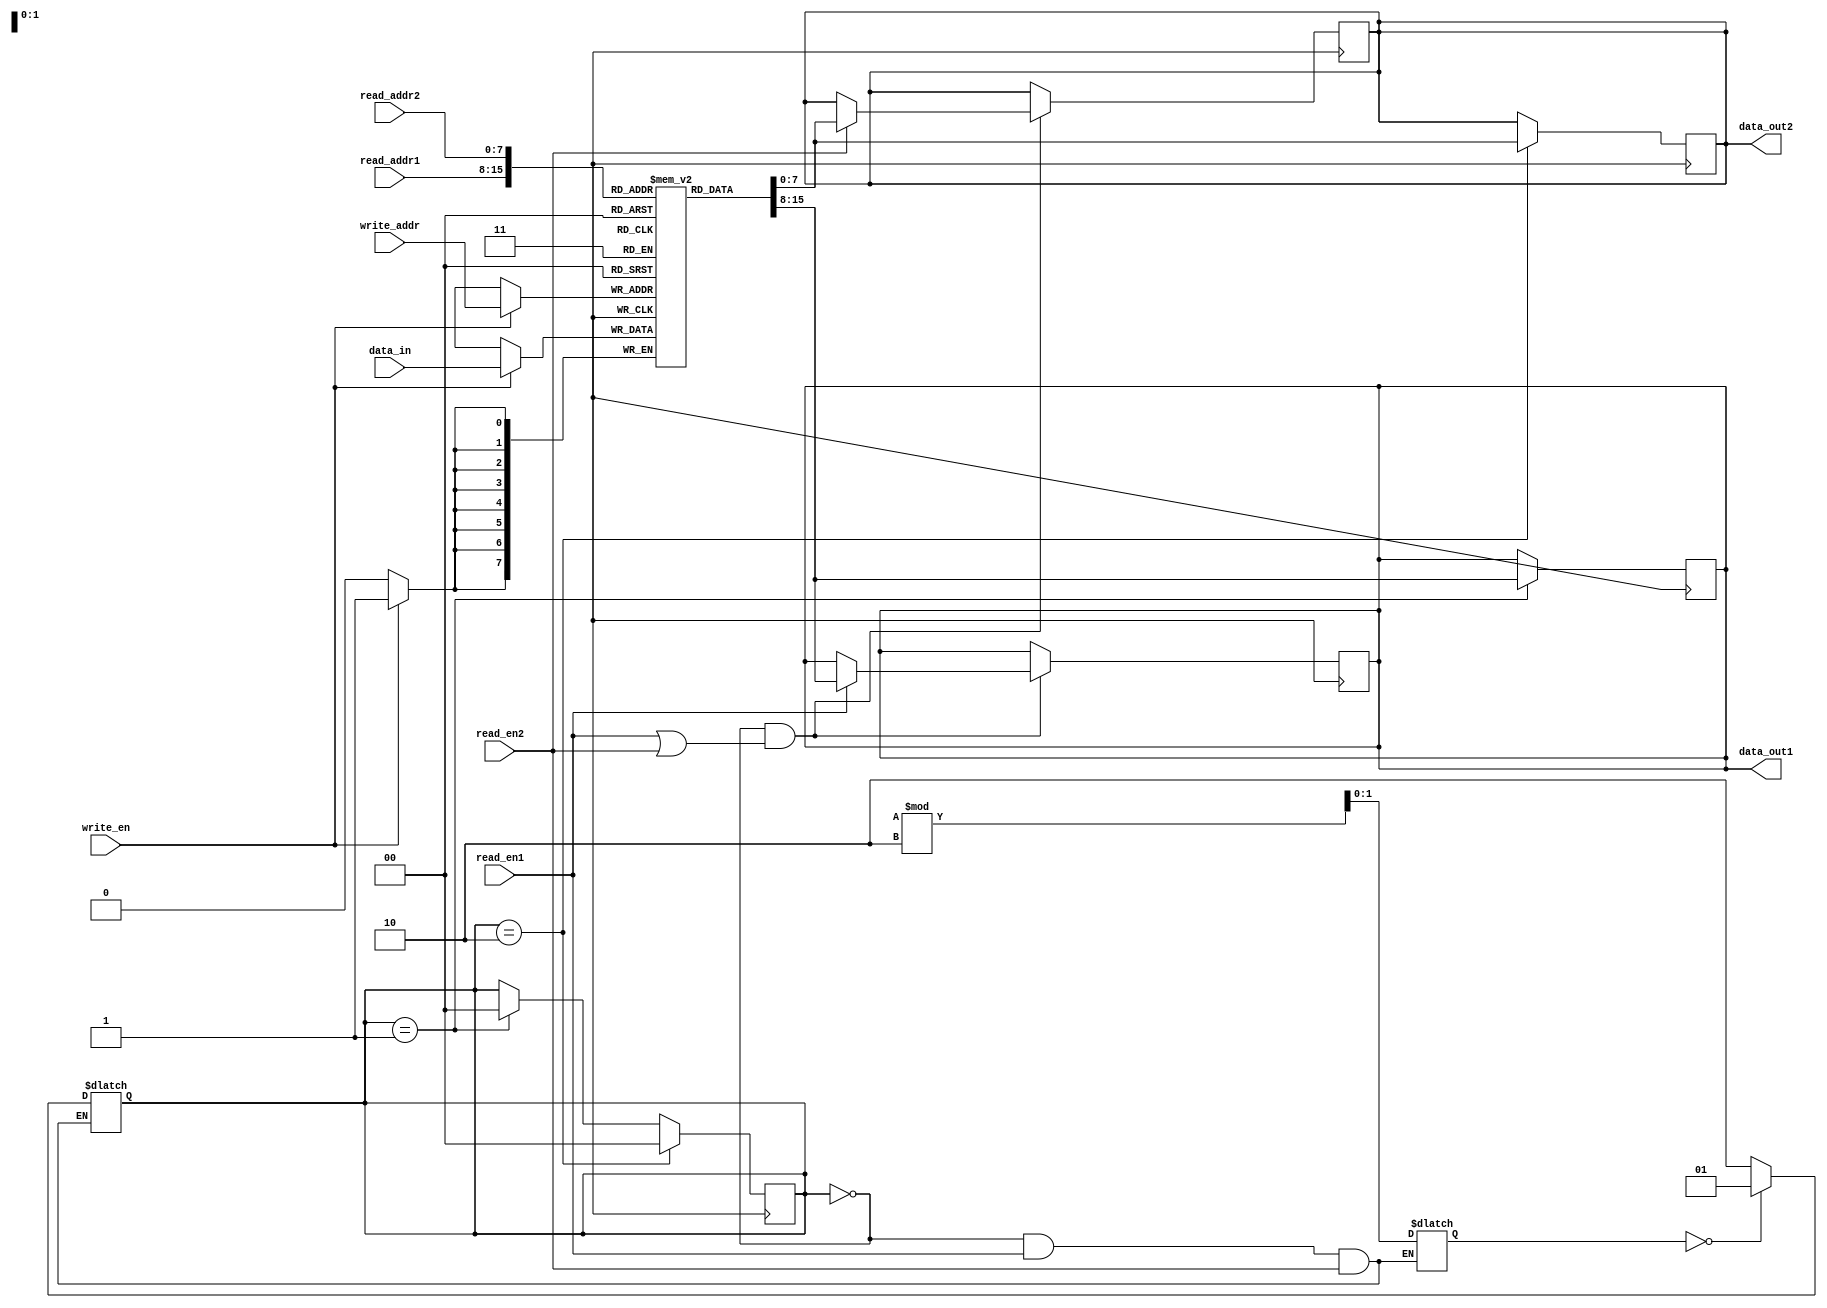
module dual_port_RAM(
    input wire [7:0] data_in,
    input wire [7:0] read_addr1,
    input wire [7:0] read_addr2,
    input wire [7:0] write_addr,
    input wire write_en,
    input wire read_en1,
    input wire read_en2,
    output reg [7:0] data_out1,
    output reg [7:0] data_out2
);

reg [7:0] memory [0:255];
reg [1:0] arbitration;
reg [1:0] conflict_arbitration;

always @ (posedge clk) begin
    if(write_en) begin
        memory[write_addr] <= data_in;
    end
    
    if(arbitration == 0 && (read_en1 || read_en2)) begin
        if(read_en1) begin
            data_out1 <= memory[read_addr1];
        end
        
        if(read_en2) begin
            data_out2 <= memory[read_addr2];
        end
    end
end

always @ (*) begin
    if(arbitration == 0 && read_en1 && read_en2) begin
        conflict_arbitration <= $random % 2;
        if(conflict_arbitration == 0) begin
            arbitration <= 1;
        end else begin
            arbitration <= 2;
        end
    end
end

always @ (posedge clk) begin
    if(arbitration == 1) begin
        data_out1 <= memory[read_addr1];
        arbitration <= 0;
    end
    
    if(arbitration == 2) begin
        data_out2 <= memory[read_addr2];
        arbitration <= 0;
    end
end

endmodule